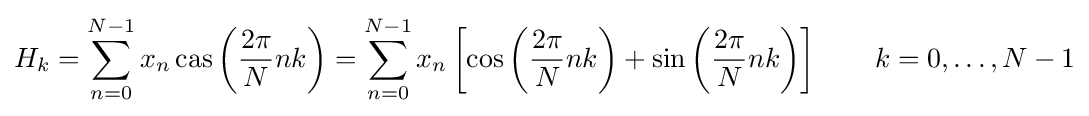
H_{k}=\sum _{n=0}^{N-1}x_{n}\operatorname {cas} \left({\frac {2\pi }{N}}nk\right)=\sum _{n=0}^{N-1}x_{n}\left[\cos \left({\frac {2\pi }{N}}nk\right)+\sin \left({\frac {2\pi }{N}}nk\right)\right]\quad \quad k=0,\dots ,N-1